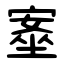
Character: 㝧